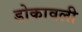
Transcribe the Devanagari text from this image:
डोकावली